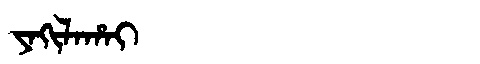
Manchu: ᠶᠠᡴᡳᠯᠠᡥᠠᡳ
Romanization: YAKILAHAI